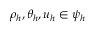
\rho _ { h } , \theta _ { h } , \boldsymbol { u } _ { h } \in \psi _ { h }